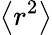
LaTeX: \left<r^{2}\right>